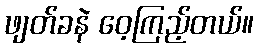
ဖျတ်ခနဲ ဝေ့ကြည့်တယ်။